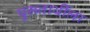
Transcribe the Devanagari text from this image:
पुरूतार्थीला